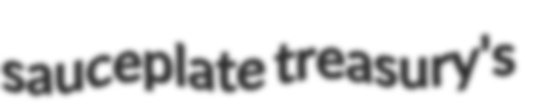
sauceplate treasury's